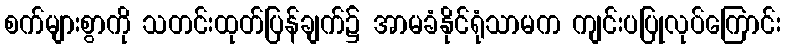
စက်များစွာကို သတင်းထုတ်ပြန်ချက်၌ အာမခံနိုင်ရုံသာမက ကျင်းပပြုလုပ်ကြောင်း